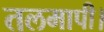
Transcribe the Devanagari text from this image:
तलमापी।